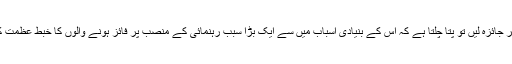
اس بحران کا گہرائی میں جاکر جائزہ لیں تو پتا چلتا ہے کہ اس کے بنیادی اسباب میں سے ایک بڑا سبب رہنمائی کے منصب پر فائز ہونے والوں کا خبطِ عظمت کے مرض میں مبتلا ہونا ہے۔